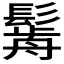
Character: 𩮣